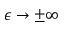
\epsilon \rightarrow \pm \infty